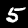
Label: 5